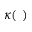
\kappa ( ~ )